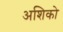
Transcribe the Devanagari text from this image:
अशिको